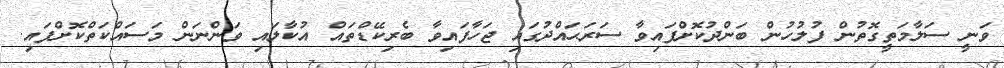
ވަނީ ސަލާމަތީގޮތުން ފުލުހުން ބަންދުކޮށްފައިވާ ސަރަޙައްދުގައި ޖަހާފައިވާ ބެރިކޭޑްތައް އުކާލައި ވަންނަން މަސައްކަތްކޮށްފައި.